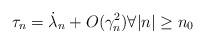
LaTeX: \begin{align*}\tau_n= \dot \lambda_n+ O(\gamma_n^2)\forall |n|\geq n_0\end{align*}